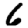
Digit: 6